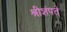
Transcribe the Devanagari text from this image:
श्रीशंपते